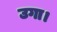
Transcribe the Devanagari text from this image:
उगा।